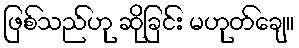
ဖြစ်သည်ဟု ဆိုခြင်း မဟုတ်ချေ။